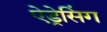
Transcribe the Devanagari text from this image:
ऐड्रेसिंग